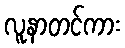
လူနာတင်ကား